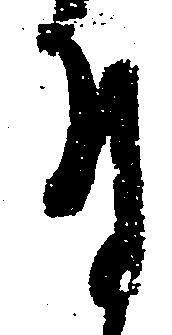
付